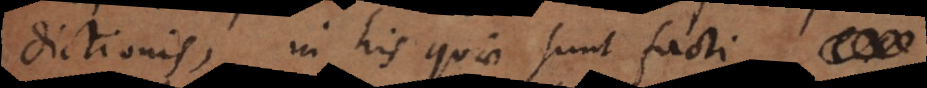
dictionis, in his quae sunt facti,